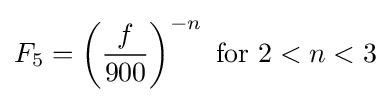
F_{5}=\left({\frac {f}{900}}\right)^{-n}{\text{ for }}2<n<3